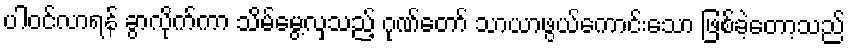
ပါဝင်လာရန် ခွာလိုက်ကာ သိမ်မွေ့လှသည့် ဂုဏ်တော် သာယာဖွယ်ကောင်းသော ဖြစ်ခဲ့တော့သည်